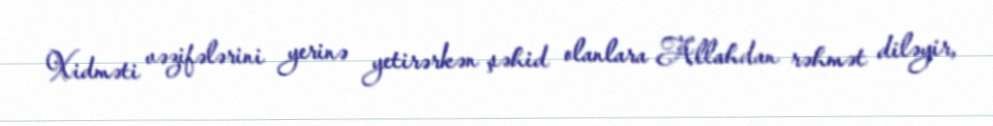
Xidməti vəzifələrini yerinə yetirərkən şəhid olanlara Allahdan rəhmət diləyir,